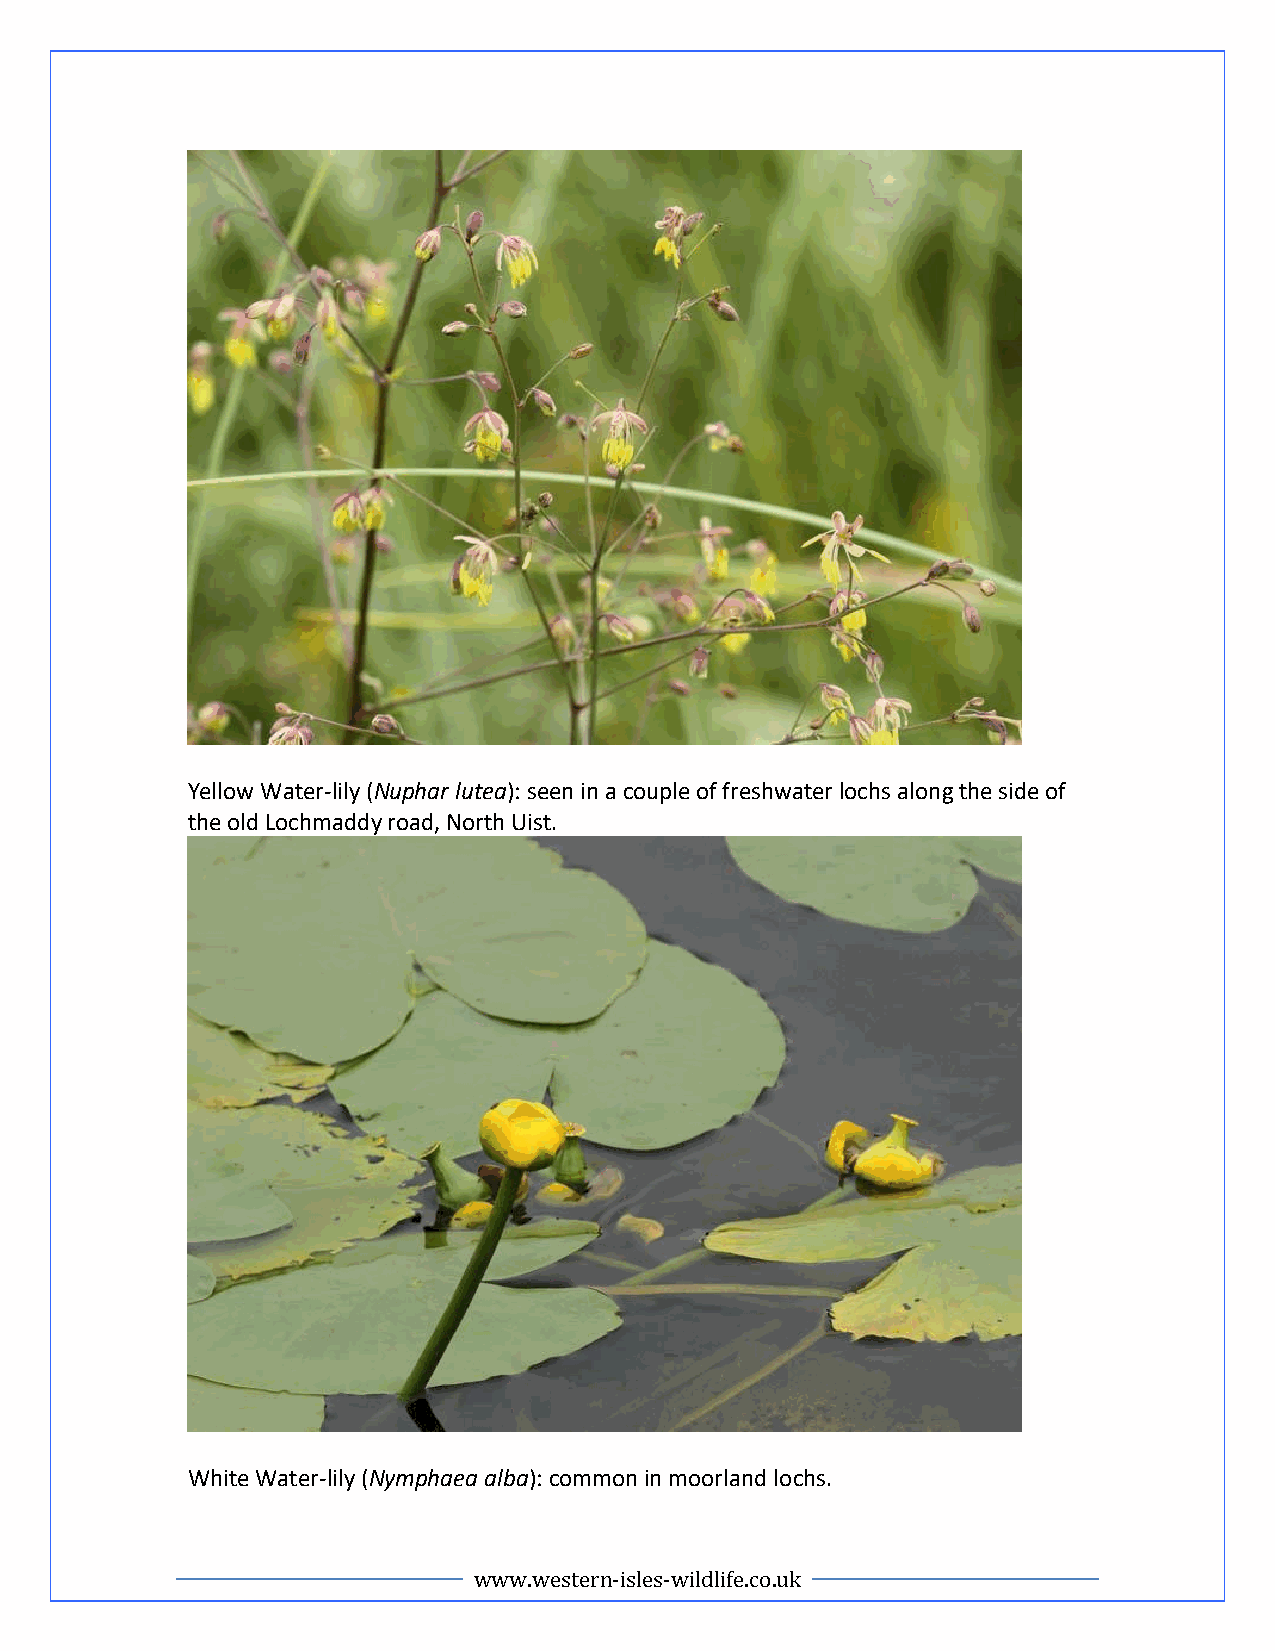
Yellow Water-lily (Nuphar lutea): seen in a couple of freshwater lochs along the side of
 the old Lochmaddy road, North Uist.
 White Water-lily (Nymphaea alba): common in moorland lochs.
 www.western-isles-wildlife.co.uk